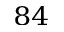
^ { 8 4 }